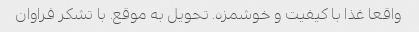
واقعا غذا با کیفیت و خوشمزه. تحویل به موقع. با تشکر فراوان